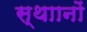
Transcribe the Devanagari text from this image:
स्थाानों